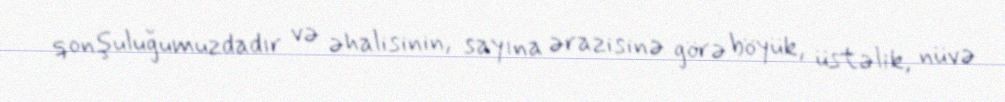
qonşuluğumuzdadır və əhalisinin, sayına ərazisinə görə böyük, üstəlik, nüvə